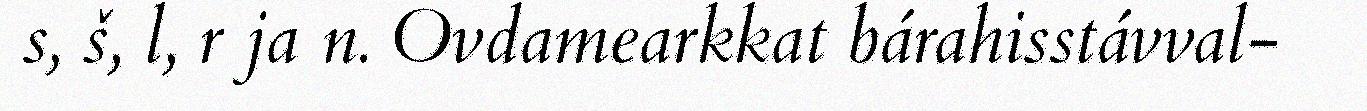
s, š, l, r ja n. Ovdamearkkat bárahisstávval-